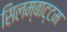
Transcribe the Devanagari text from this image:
सिलम्बाट्टम